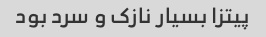
پیتزا بسیار نازک و سرد بود